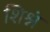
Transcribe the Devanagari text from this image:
शिश्नं